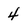
Character: 4